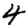
Digit: 4